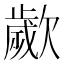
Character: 𣤠